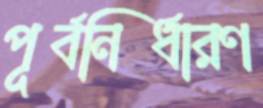
পূর্বনির্ধারণ